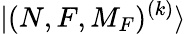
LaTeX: {|(N,F,M_{F})^{(k)}\rangle}